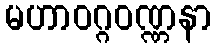
မဟာဝဂ္ဂဝဏ္ဏနာ